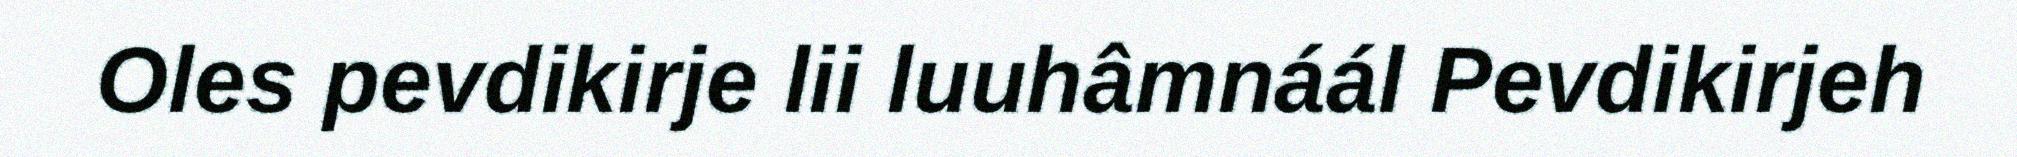
Oles pevdikirje lii luuhâmnáál Pevdikirjeh